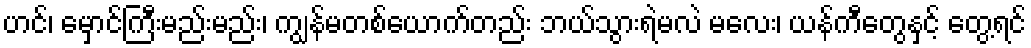
ဟင်၊ မှောင်ကြီးမည်းမည်း၊ ကျွန်မတစ်ယောက်တည်း ဘယ်သွားရဲမလဲ မလေး၊ ယန်ကီတွေနှင့် တွေ့ရင်